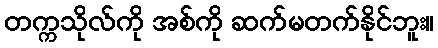
တက္ကသိုလ်ကို အစ်ကို ဆက်မတက်နိုင်ဘူး။